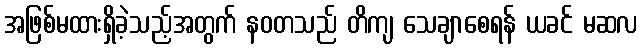
အဖြစ်မထားရှိခဲ့သည့်အတွက် နဝတသည် တိကျ သေချာစေရန် ယခင် မဆလ